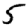
Digit: 5